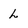
Character: L